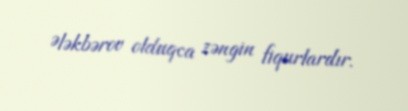
Ələkbərov olduqca zəngin fiqurlardır.